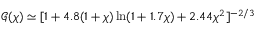
\mathcal { G } ( \chi ) \simeq [ 1 + 4 . 8 ( 1 + \chi ) \ln ( 1 + 1 . 7 \chi ) + 2 . 4 4 \chi ^ { 2 } ] ^ { - 2 / 3 }